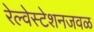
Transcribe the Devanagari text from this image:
रेल्वेस्टेशनजवळ